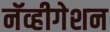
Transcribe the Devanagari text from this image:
नॅव्हीगेशन